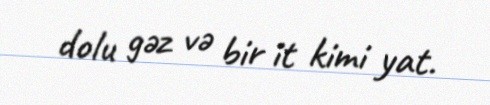
dolu gəz və bir it kimi yat.